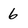
Character: 6